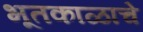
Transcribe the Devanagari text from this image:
भूतकाळाचे